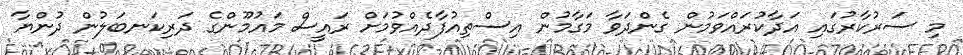
މި ސަރުކާރުގައި އަދާކުރައްވަމުން ގެންދަވާ މަގާމުން އިސްތިއުފާދެއްވުމަށް ރައީސް މައުމޫންގެ ދަރިކަނބަލުން ދުންޔާ